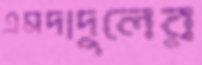
এমদাদুলের